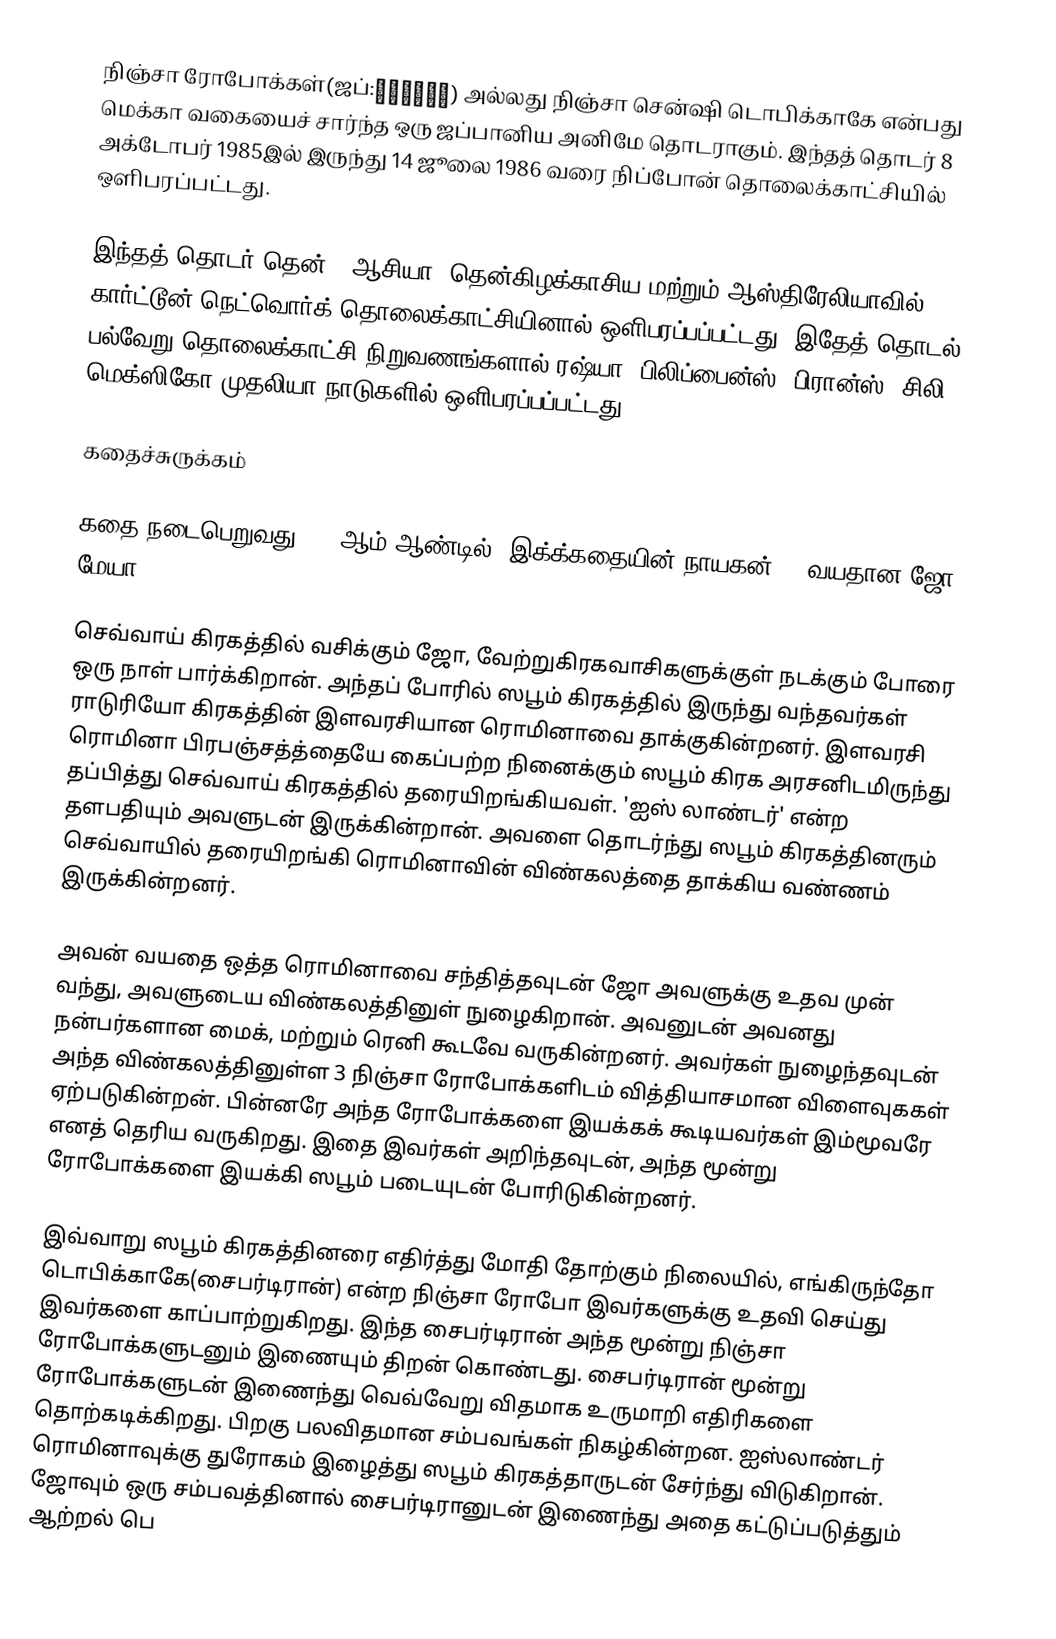
நிஞ்சா ரோபோக்கள்(ஜப்:忍者戦士飛影) அல்லது நிஞ்சா சென்ஷி டொபிக்காகே என்பது மெக்கா வகையைச் சார்ந்த ஒரு ஜப்பானிய அனிமே தொடராகும். இந்தத் தொடர் 8 அக்டோபர் 1985இல் இருந்து 14 ஜூலை 1986 வரை நிப்போன் தொலைக்காட்சியில் ஒளிபரப்பட்டது.

இந்தத் தொடர் தென் - ஆசியா, தென்கிழக்காசிய மற்றும் ஆஸ்திரேலியாவில் கார்ட்டூன் நெட்வொர்க் தொலைக்காட்சியினால் ஒளிபரப்பப்பட்டது. இதேத் தொடல் பல்வேறு தொலைக்காட்சி நிறுவணங்களால் ரஷ்யா, பிலிப்பைன்ஸ், பிரான்ஸ், சிலி, மெக்ஸிகோ முதலியா நாடுகளில் ஒளிபரப்பப்பட்டது.

கதைச்சுருக்கம்

கதை நடைபெறுவது 2200ஆம் ஆண்டில். இக்க்கதையின் நாயகன் 16 வயதான ஜோ மேயா.

செவ்வாய் கிரகத்தில் வசிக்கும் ஜோ, வேற்றுகிரகவாசிகளுக்குள் நடக்கும் போரை ஒரு நாள் பார்க்கிறான். அந்தப் போரில் ஸபூம் கிரகத்தில் இருந்து வந்தவர்கள் ராடுரியோ கிரகத்தின் இளவரசியான ரொமினாவை தாக்குகின்றனர். இளவரசி ரொமினா பிரபஞ்சத்த்தையே கைப்பற்ற நினைக்கும் ஸபூம் கிரக அரசனிடமிருந்து தப்பித்து செவ்வாய் கிரகத்தில் தரையிறங்கியவள். 'ஐஸ் லாண்டர்' என்ற தளபதியும்  அவளுடன் இருக்கின்றான். அவளை தொடர்ந்து ஸபூம் கிரகத்தினரும் செவ்வாயில் தரையிறங்கி ரொமினாவின் விண்கலத்தை தாக்கிய வண்ணம் இருக்கின்றனர்.

அவன் வயதை ஒத்த ரொமினாவை சந்தித்தவுடன் ஜோ அவளுக்கு உதவ முன் வந்து, அவளுடைய விண்கலத்தினுள் நுழைகிறான். அவனுடன் அவனது நன்பர்களான மைக், மற்றும் ரெனி கூடவே வருகின்றனர். அவர்கள் நுழைந்தவுடன் அந்த விண்கலத்தினுள்ள 3 நிஞ்சா ரோபோக்களிடம் வித்தியாசமான விளைவுககள் ஏற்படுகின்றன். பின்னரே அந்த ரோபோக்களை இயக்கக் கூடியவர்கள் இம்மூவரே எனத் தெரிய வருகிறது. இதை இவர்கள் அறிந்தவுடன், அந்த மூன்று ரோபோக்களை இயக்கி ஸபூம் படையுடன் போரிடுகின்றனர்.

இவ்வாறு ஸபூம் கிரகத்தினரை எதிர்த்து மோதி தோற்கும் நிலையில், எங்கிருந்தோ டொபிக்காகே(சைபர்டிரான்) என்ற நிஞ்சா ரோபோ இவர்களுக்கு உதவி செய்து இவர்களை காப்பாற்றுகிறது. இந்த சைபர்டிரான் அந்த மூன்று நிஞ்சா ரோபோக்களுடனும் இணையும் திறன் கொண்டது. சைபர்டிரான் மூன்று ரோபோக்களுடன் இணைந்து வெவ்வேறு விதமாக உருமாறி எதிரிகளை தொற்கடிக்கிறது. பிறகு பலவிதமான சம்பவங்கள் நிகழ்கின்றன. ஐஸ்லாண்டர் ரொமினாவுக்கு துரோகம் இழைத்து ஸபூம் கிரகத்தாருடன் சேர்ந்து விடுகிறான். ஜோவும் ஒரு சம்பவத்தினால் சைபர்டிரானுடன் இணைந்து அதை கட்டுப்படுத்தும் ஆற்றல் பெ